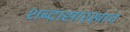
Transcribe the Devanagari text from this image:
शब्दासारखाच